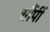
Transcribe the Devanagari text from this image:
सौंपीं